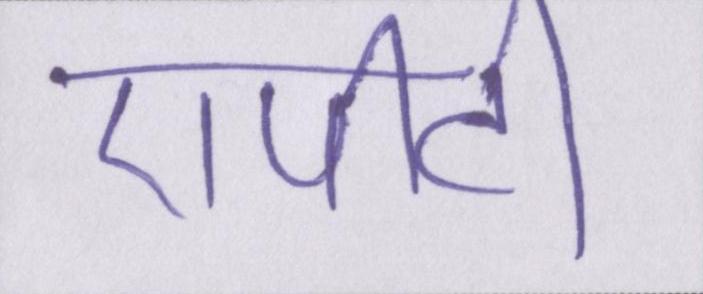
एपीटी